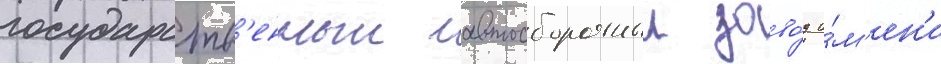
государств'енныи автосборочныи заво́д и́м'ен'и